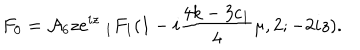
F _ { 0 } = { \cal A } _ { 6 } z e ^ { i z } \ _ { 1 } F _ { 1 } ( 1 - i \frac { 4 k - 3 c _ { 1 } } { 4 } \mu , 2 ; - 2 i z ) .